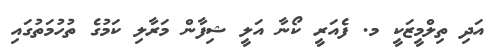
އަދި ތިލްމީޒަކީ މ. ފެއަރީ ކޯނާ އަލީ ޝިފާން މަރާލި ކަމުގެ ތުހުމަތުގައި